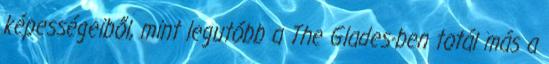
képességeiből, mint legutóbb a The Glades-ben totál más a